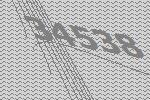
34538